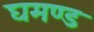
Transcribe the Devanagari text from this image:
घमण्‍ड